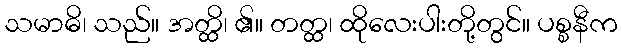
သမာဓိ၊ သည်။ အတ္ထိ၊ ၏။ တတ္ထ၊ ထိုလေးပါးတို့တွင်။ ပစ္စနီက